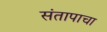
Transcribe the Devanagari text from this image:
संतापाचा